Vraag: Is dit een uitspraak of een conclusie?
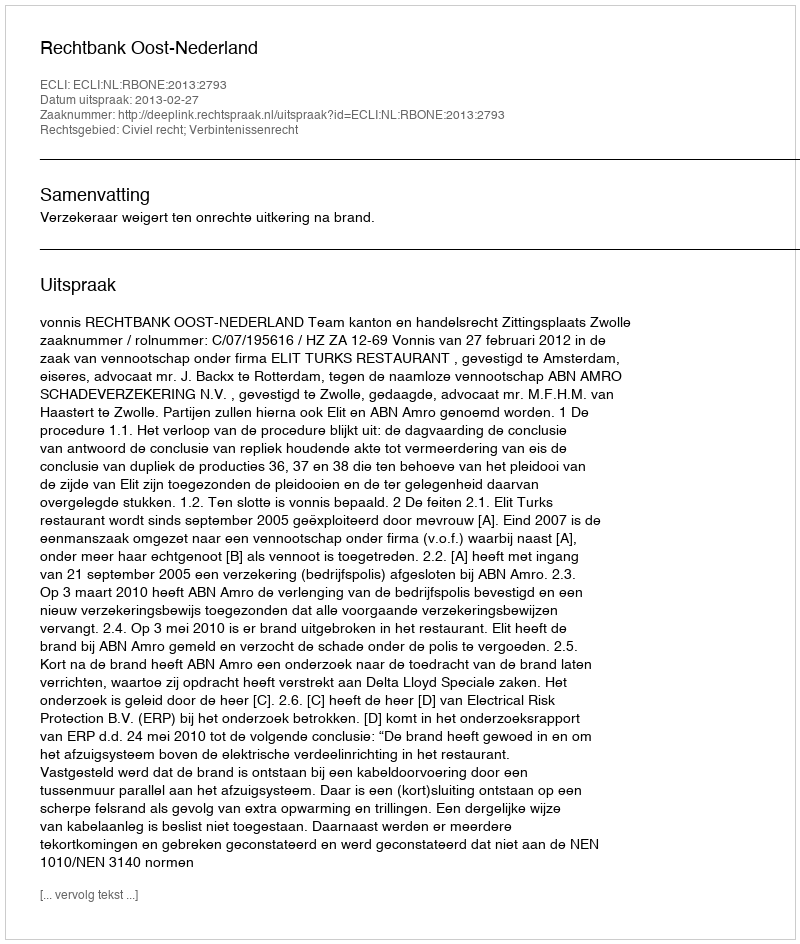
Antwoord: Uitspraak